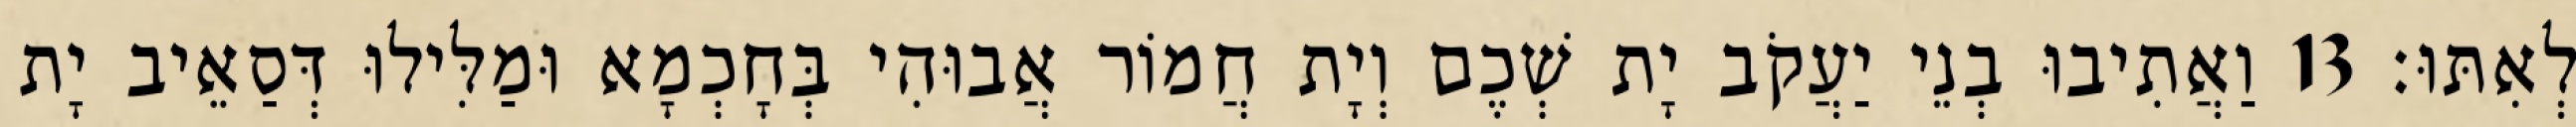
לְאִתּוּ׃ 13 וַאֲתִיבוּ בְנֵי יַעֲקֹב יָת שְׁכֶם וְיָת חֲמוֹר אֲבוּהִי בְּחָכְמָא וּמַלִּילוּ דְּסַאֵיב יָת